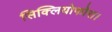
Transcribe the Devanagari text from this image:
सिक्लियोफोरा।